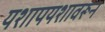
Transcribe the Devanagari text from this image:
यशापयशावरून